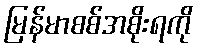
မြန်မာစစ်အစိုးရကို